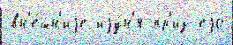
вн'е́шн'иjе иjу́н'я пр'из еjо́